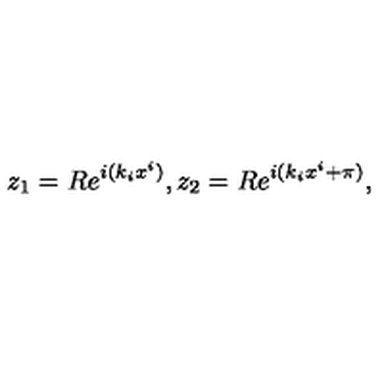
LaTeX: z _ { 1 } = R e ^ { i ( k _ { i } x ^ { i } ) } , z _ { 2 } = R e ^ { i ( k _ { i } x ^ { i } + \pi ) } ,